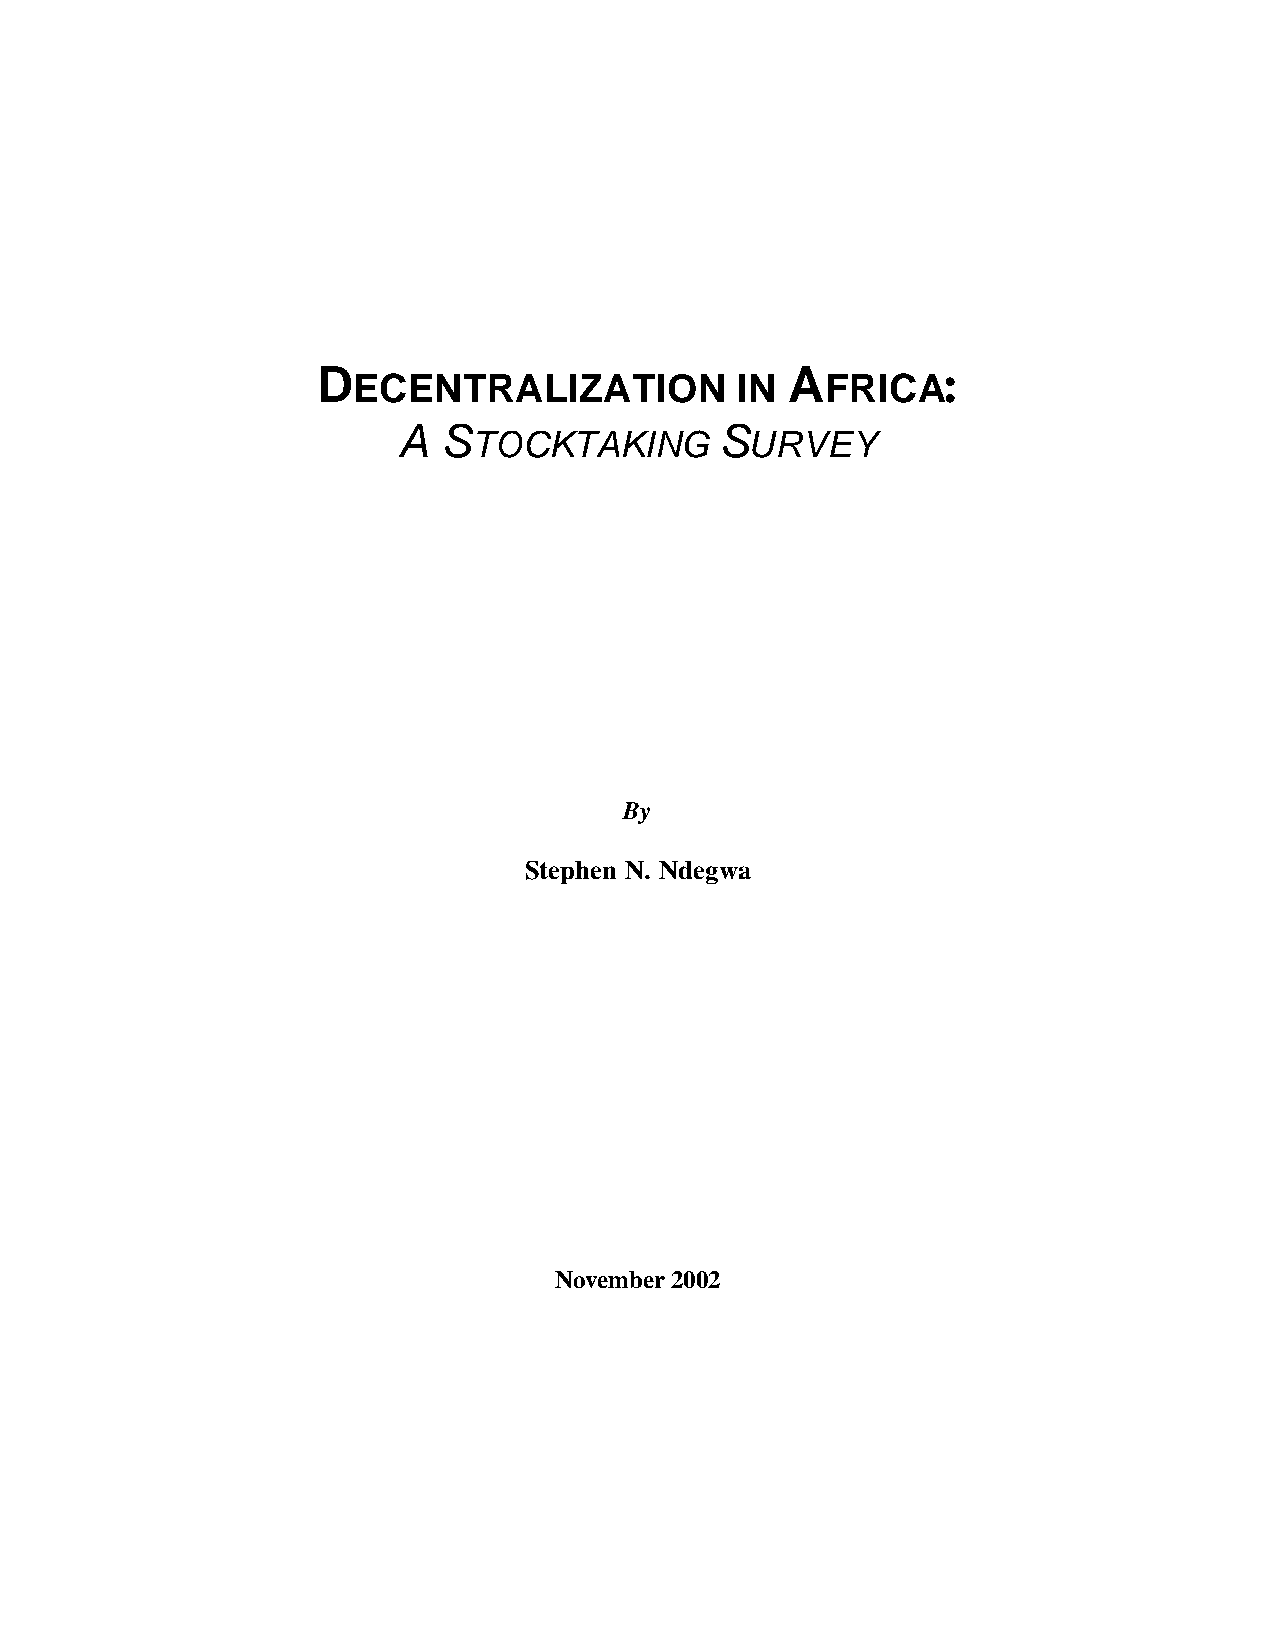
D ECENTRALIZATION           IN A  FRICA:
 A  S                  S
 TOCKTAKING         URVEY
 By
 Stephen N. Ndegwa
 November 2002